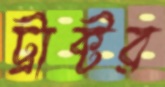
ট্রাক্টর